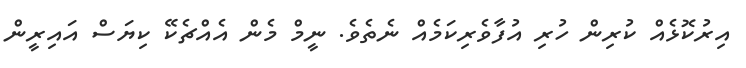
އިރުކޮޅެއް ކުރިން ހުރި އުފާވެރިކަމެއް ނެތެވެ. ނީމް މެން އެއްޗެކޭ ކިޔަސް އައިރީން